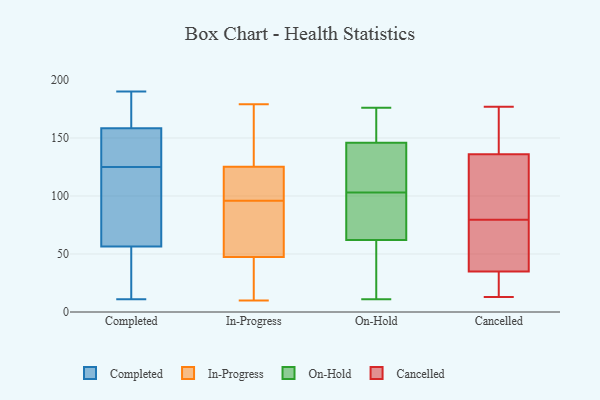
{"axis": {"x": "Tickets Resolved", "y": "Value"}, "legend": ["Cancelled", "Completed", "In-Progress", "On-Hold"], "data": [{"x": "", "y": 190, "type": "Completed"}, {"x": "", "y": 11, "type": "Completed"}, {"x": "", "y": 64, "type": "Completed"}, {"x": "", "y": 137, "type": "Completed"}, {"x": "", "y": 157, "type": "Completed"}, {"x": "", "y": 147, "type": "Completed"}, {"x": "", "y": 21, "type": "Completed"}, {"x": "", "y": 179, "type": "Completed"}, {"x": "", "y": 141, "type": "Completed"}, {"x": "", "y": 160, "type": "Completed"}, {"x": "", "y": 38, "type": "Completed"}, {"x": "", "y": 81, "type": "Completed"}, {"x": "", "y": 181, "type": "Completed"}, {"x": "", "y": 179, "type": "Completed"}, {"x": "", "y": 74, "type": "Completed"}, {"x": "", "y": 49, "type": "Completed"}, {"x": "", "y": 31, "type": "Completed"}, {"x": "", "y": 149, "type": "Completed"}, {"x": "", "y": 113, "type": "Completed"}, {"x": "", "y": 87, "type": "Completed"}, {"x": "", "y": 47, "type": "In-Progress"}, {"x": "", "y": 16, "type": "In-Progress"}, {"x": "", "y": 66, "type": "In-Progress"}, {"x": "", "y": 126, "type": "In-Progress"}, {"x": "", "y": 49, "type": "In-Progress"}, {"x": "", "y": 10, "type": "In-Progress"}, {"x": "", "y": 96, "type": "In-Progress"}, {"x": "", "y": 102, "type": "In-Progress"}, {"x": "", "y": 139, "type": "In-Progress"}, {"x": "", "y": 123, "type": "In-Progress"}, {"x": "", "y": 179, "type": "In-Progress"}, {"x": "", "y": 102, "type": "On-Hold"}, {"x": "", "y": 91, "type": "On-Hold"}, {"x": "", "y": 69, "type": "On-Hold"}, {"x": "", "y": 11, "type": "On-Hold"}, {"x": "", "y": 162, "type": "On-Hold"}, {"x": "", "y": 158, "type": "On-Hold"}, {"x": "", "y": 103, "type": "On-Hold"}, {"x": "", "y": 106, "type": "On-Hold"}, {"x": "", "y": 41, "type": "On-Hold"}, {"x": "", "y": 142, "type": "On-Hold"}, {"x": "", "y": 112, "type": "On-Hold"}, {"x": "", "y": 176, "type": "On-Hold"}, {"x": "", "y": 38, "type": "On-Hold"}, {"x": "", "y": 35, "type": "Cancelled"}, {"x": "", "y": 111, "type": "Cancelled"}, {"x": "", "y": 76, "type": "Cancelled"}, {"x": "", "y": 76, "type": "Cancelled"}, {"x": "", "y": 83, "type": "Cancelled"}, {"x": "", "y": 160, "type": "Cancelled"}, {"x": "", "y": 76, "type": "Cancelled"}, {"x": "", "y": 165, "type": "Cancelled"}, {"x": "", "y": 101, "type": "Cancelled"}, {"x": "", "y": 25, "type": "Cancelled"}, {"x": "", "y": 177, "type": "Cancelled"}, {"x": "", "y": 26, "type": "Cancelled"}, {"x": "", "y": 13, "type": "Cancelled"}, {"x": "", "y": 136, "type": "Cancelled"}]}